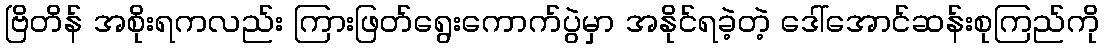
ဗြိတိန် အစိုးရကလည်း ကြားဖြတ်ရွေးကောက်ပွဲမှာ အနိုင်ရခဲ့တဲ့ ဒေါ်အောင်ဆန်းစုကြည်ကို